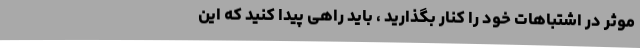
موثر در اشتباهات خود را کنار بگذارید ، باید راهی پیدا کنید که این